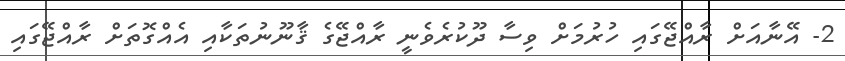
2- އޭނާއަށް ރާއްޖޭގައި ހުރުމަށް ވިސާ ދޫކުރެވެނީ ރާއްޖޭގެ ޤާނޫނުތަކާއި އެއްގޮތަށް ރާއްޖޭގައި